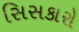
સિસકારો